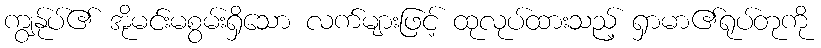
ကျွနု်ပ်၏ အိုမင်းမစွမ်းရှိသော လက်များဖြင့် ထုလုပ်ထားသည့် ရှာမာ၏ရုပ်တုကို